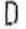
D